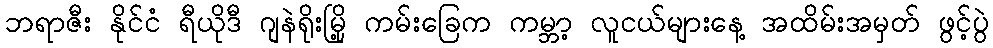
ဘရာဇီး နိုင်ငံ ရီယိုဒီ ဂျနဲရိုးမြို့ ကမ်းခြေက ကမ္ဘာ့ လူငယ်များနေ့ အထိမ်းအမှတ် ဖွင့်ပွဲ